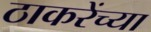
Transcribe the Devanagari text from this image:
ठाकरेंच्या